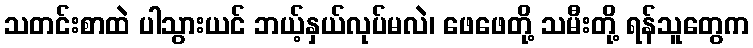
သတင်းစာထဲ ပါသွားယင် ဘယ့်နှယ်လုပ်မလဲ၊ ဖေဖေတို့ သမီးတို့ ရန်သူတွေက